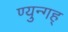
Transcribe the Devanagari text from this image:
ण्युन्गह्